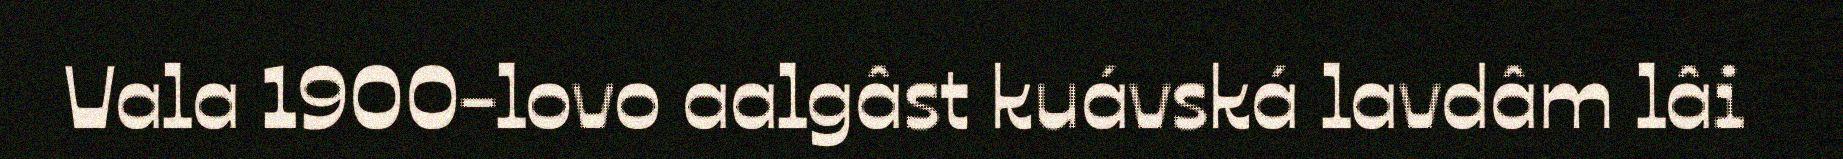
Vala 1900-lovo aalgâst kuávská lavdâm lâi